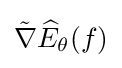
{\tilde {\nabla }}{\widehat {E}}_{\theta }(f)